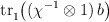
\begin{align*} {\rm tr}{\vphantom |}_1 \bigl( ( \chi^{-1} \otimes 1) \, b \bigr)\end{align*}